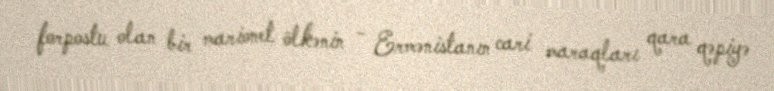
forpostu olan bir marionet ölkənin - Ermənistanın cari maraqları qara qəpiyə